Vaccine operations Central Provinces 1868-1885 - 1868-1885
Year: 1868
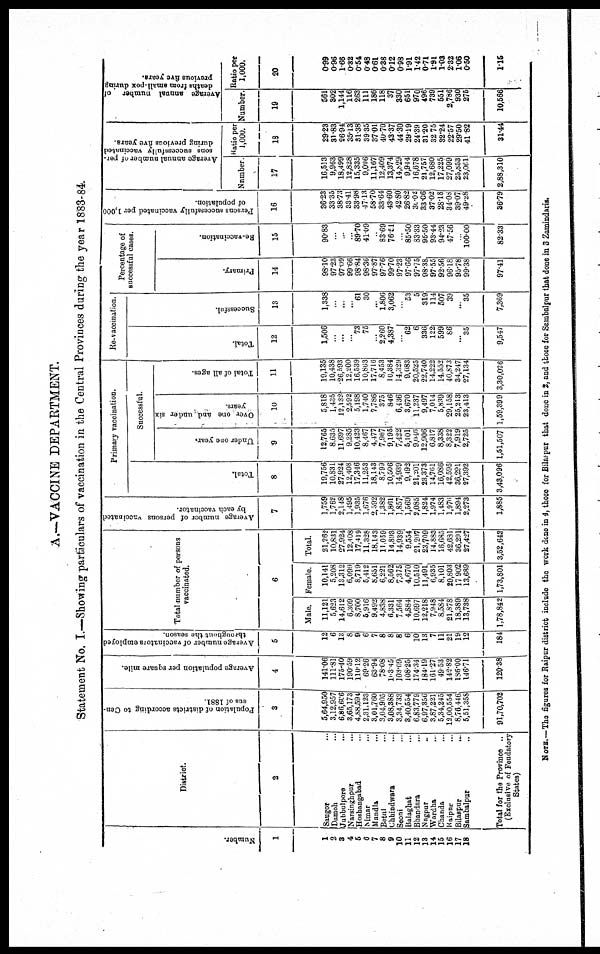
A.—VACCINE DEPARTMENT.
Statement No. I.—Showing particulars of vaccination in the Central Provinces during the year 1883-84.
Number.
1
1
2
3
4
5
6
7
8
9
10
11
12
13
14
15
16
17
18
District.
2
Saugor...
Damoh...
Jubbulpore...
Narsinghpur...
Hoshangabad...
Nimar...
Mandla...
Betul...
Chhindwara...
Seoni...
Balaghat...
Bhandara...
Nagpur ...
Wardha ...
Chanda...
Raipur...
...
...
Bilaspur...
...
Sambalpur ...
Total for the Province ..
(Exclusive of Feudatory
States)
Population of districts according to Cen-
sus of 1881.
3
5,64,950
3,12,957
6,86,606
3,65,173
4,88,594
2,31,123
3,01,760
3,04,905
3,08,388
3,34,733
3,40,554
6,83,779
6,97,356
3,87,221
5,34,245
12,00,554
8,76,446
5,51,358
91,70,702
Average population per square mile.
4
141.06
111.81
175.40
190.59
110.12
69.26
63.94
78.08
103.45
103.09
108.25
174.34
184.19
161.27
49.53
142.82
186.00
146.71
120.38
Average number of vaccinators employed
throughout the season.
5
12
6
13
8
9
6
7
8
8
8
6
10
13
7
11
21
19
12
184
Total number of persons
vaccinated.
6
Male.
11,121
5,623
14,612
6,309
8,700
5,916
9,492
4,838
6,331
7,564
4,884
10,697
12,218
7,948
8,584
21,878
18,389
13,738
1,78,842
Female.
10,141
5,208
13,312
6,099
8,719
5,412
8,651
6,221
6,562
7,375
4,670
10,510
11,491
6,935
8,101
20,803
17,902
13,689
1,73,801
Total.
21,262
10,831
27,924
12,408
17,419
11,328
18,143
11,059
14,893
14,939
9,554
21,207
23,709
14,883
16,685
42,681
36,291
27,427
3,52,643
Average number of persons vaccinated
by each vaccinator.
7
1,759
1,762
2,148
1,495
1,935
1,676
2,592
1,382
1,861
1,857
1,569
2,085
1,824
1,974
1,483
1,976
1,894
2,273
1,885
Primary vaccination.
Successful.
Total.
8
19,756
10,831
27,924
12,408
17,346
11,253
18,143
8,799
10,506
14,939
9,492
21,201
23,373
14,761
16,086
42,595
36,291
27,392
3,43,096
Under one year.
9
12,765
8,635
11,697
9,285
10,423
8,467
4,477
7,967
9,195
7,422
5,101
9,046
12,906
6,817
8,338
8,322
7,919
2,725
1,51,507
O ver one and under six
years.
10
5,818
1,435
12,132
2,592
5,198
1,740
7,786
375
846
6,436
3,670
11,237
9,497
7,014
5,839
29,158
25,213
23,413
1,59,399
Total of all ages.
11
19,135
10,438
26,593
12,200
16,539
10,863
17,716
8,453
10,384
14,329
9,083
20,525
22,740
14,222
14,552
40,873
34,247
27,134
3,30,026
Re-vaccination.
Total.
12
1,506
...
...
...
73
75
...
2,260
4,387
...
62
6
336
122
599
86
...
35
9,547
Successful.
13
1,338
...
...
...
61
30
...
1,806
3,062
...
53
5
319
114
507
39
..
35
7,369
Percentage of
successful cases.
Primary.
14
98.10
97.23
97.09
99.66
98.84
98.36
97.87
97.76
99.70
97.23
97.66
97.75
98.38
97.55
92.56
96.18
95.78
99.38
97.41
Re-vaccination.
15
90.83
...
...
...
89.70
41.09
...
83.69
76.51
...
85.50
83.33
95.50
93.44
94.23
47.56
...
100.00
82.33
Persons successfully vaccinated per 1,000
of population.
16
36.23
33.35
38.73
33.41
33.98
47.13
58.70
33.64
43.60
42.80
26.82
30.02
33.06
37.02
28.18
34.08
39.07
49.28
36.79
Average annual number of per-
sons successfully vaccinated
during previous five year.
Number
17
16,513
9,963
18,499
12,828
15,335
9,096
11,167
12,409
13,374
14,829
9,944
16,678
21,757
12,680
17,225
27,099
25,853
23,061
2,88,310
Ratio per
1,000.
18
29.23
31.83
26.94
35.13
31.38
39.35
37.01
40.70
43.37
44.30
29.19
24.39
31.20
32.75
32.24
22.57
29.50
41.82
31.44
Average annual number of
deaths from small-pox during
previous five year.
Number.
19
561
302
1,144
116
263
111
186
118
37
330
651
970
496
739
551
2,786
930
275
10,566
Ratio per
1,000.
20
0.99
0.96
1.66
0.32
0.54
0.48
0.61
0.38
0.12
0.98
1.91
1.42
0.71
1.91
1.03
2.32
1.06
0.50
1.15
NOTE.—The figures for Raipur district include the work done in 4, those for Bilaspur that done in 2, and those for Sambalpur that done in 3 Zamindaris.